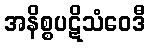
အနိစ္စပဋိသံဝေဒီ